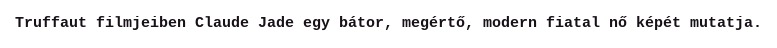
Truffaut filmjeiben Claude Jade egy bátor, megértő, modern fiatal nő képét mutatja.